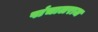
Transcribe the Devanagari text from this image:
पांचालराज